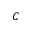
C